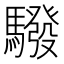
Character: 驋